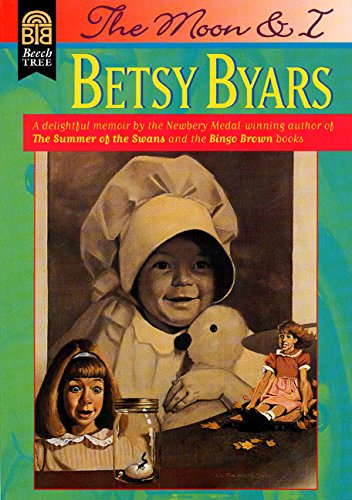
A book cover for The Moon and I; Betsy Byars; Children's Books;